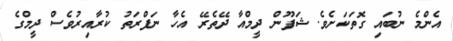
އެންމެ ނުބައި ގޮތަކަށެވެ. ޝަފޫން ދީމްއާ ދޭތެރޭ އެހާ ނަފްރަތު ކުރާއިރުވެސް ދީމްގެ